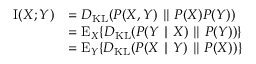
{ \begin{array} { r l } { \operatorname { I } ( X ; Y ) } & { = D _ { \mathrm { K L } } ( P ( X , Y ) \parallel P ( X ) P ( Y ) ) } \\ & { = \operatorname { E } _ { X } \{ D _ { \mathrm { K L } } ( P ( Y \mid X ) \parallel P ( Y ) ) \} } \\ & { = \operatorname { E } _ { Y } \{ D _ { \mathrm { K L } } ( P ( X \mid Y ) \parallel P ( X ) ) \} } \end{array} }